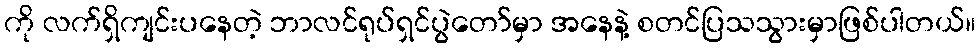
ကို လက်ရှိကျင်းပနေတဲ့ ဘာလင်ရုပ်ရှင်ပွဲတော်မှာ အနေနဲ့ စတင်ပြသသွားမှာဖြစ်ပါတယ်။